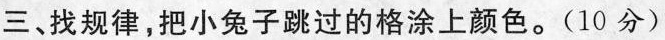
三、找规律，把小兔子跳过的格涂上颜色。(10分)